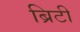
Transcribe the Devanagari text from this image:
ब्रिटी